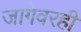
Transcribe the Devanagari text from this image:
जागेवरही